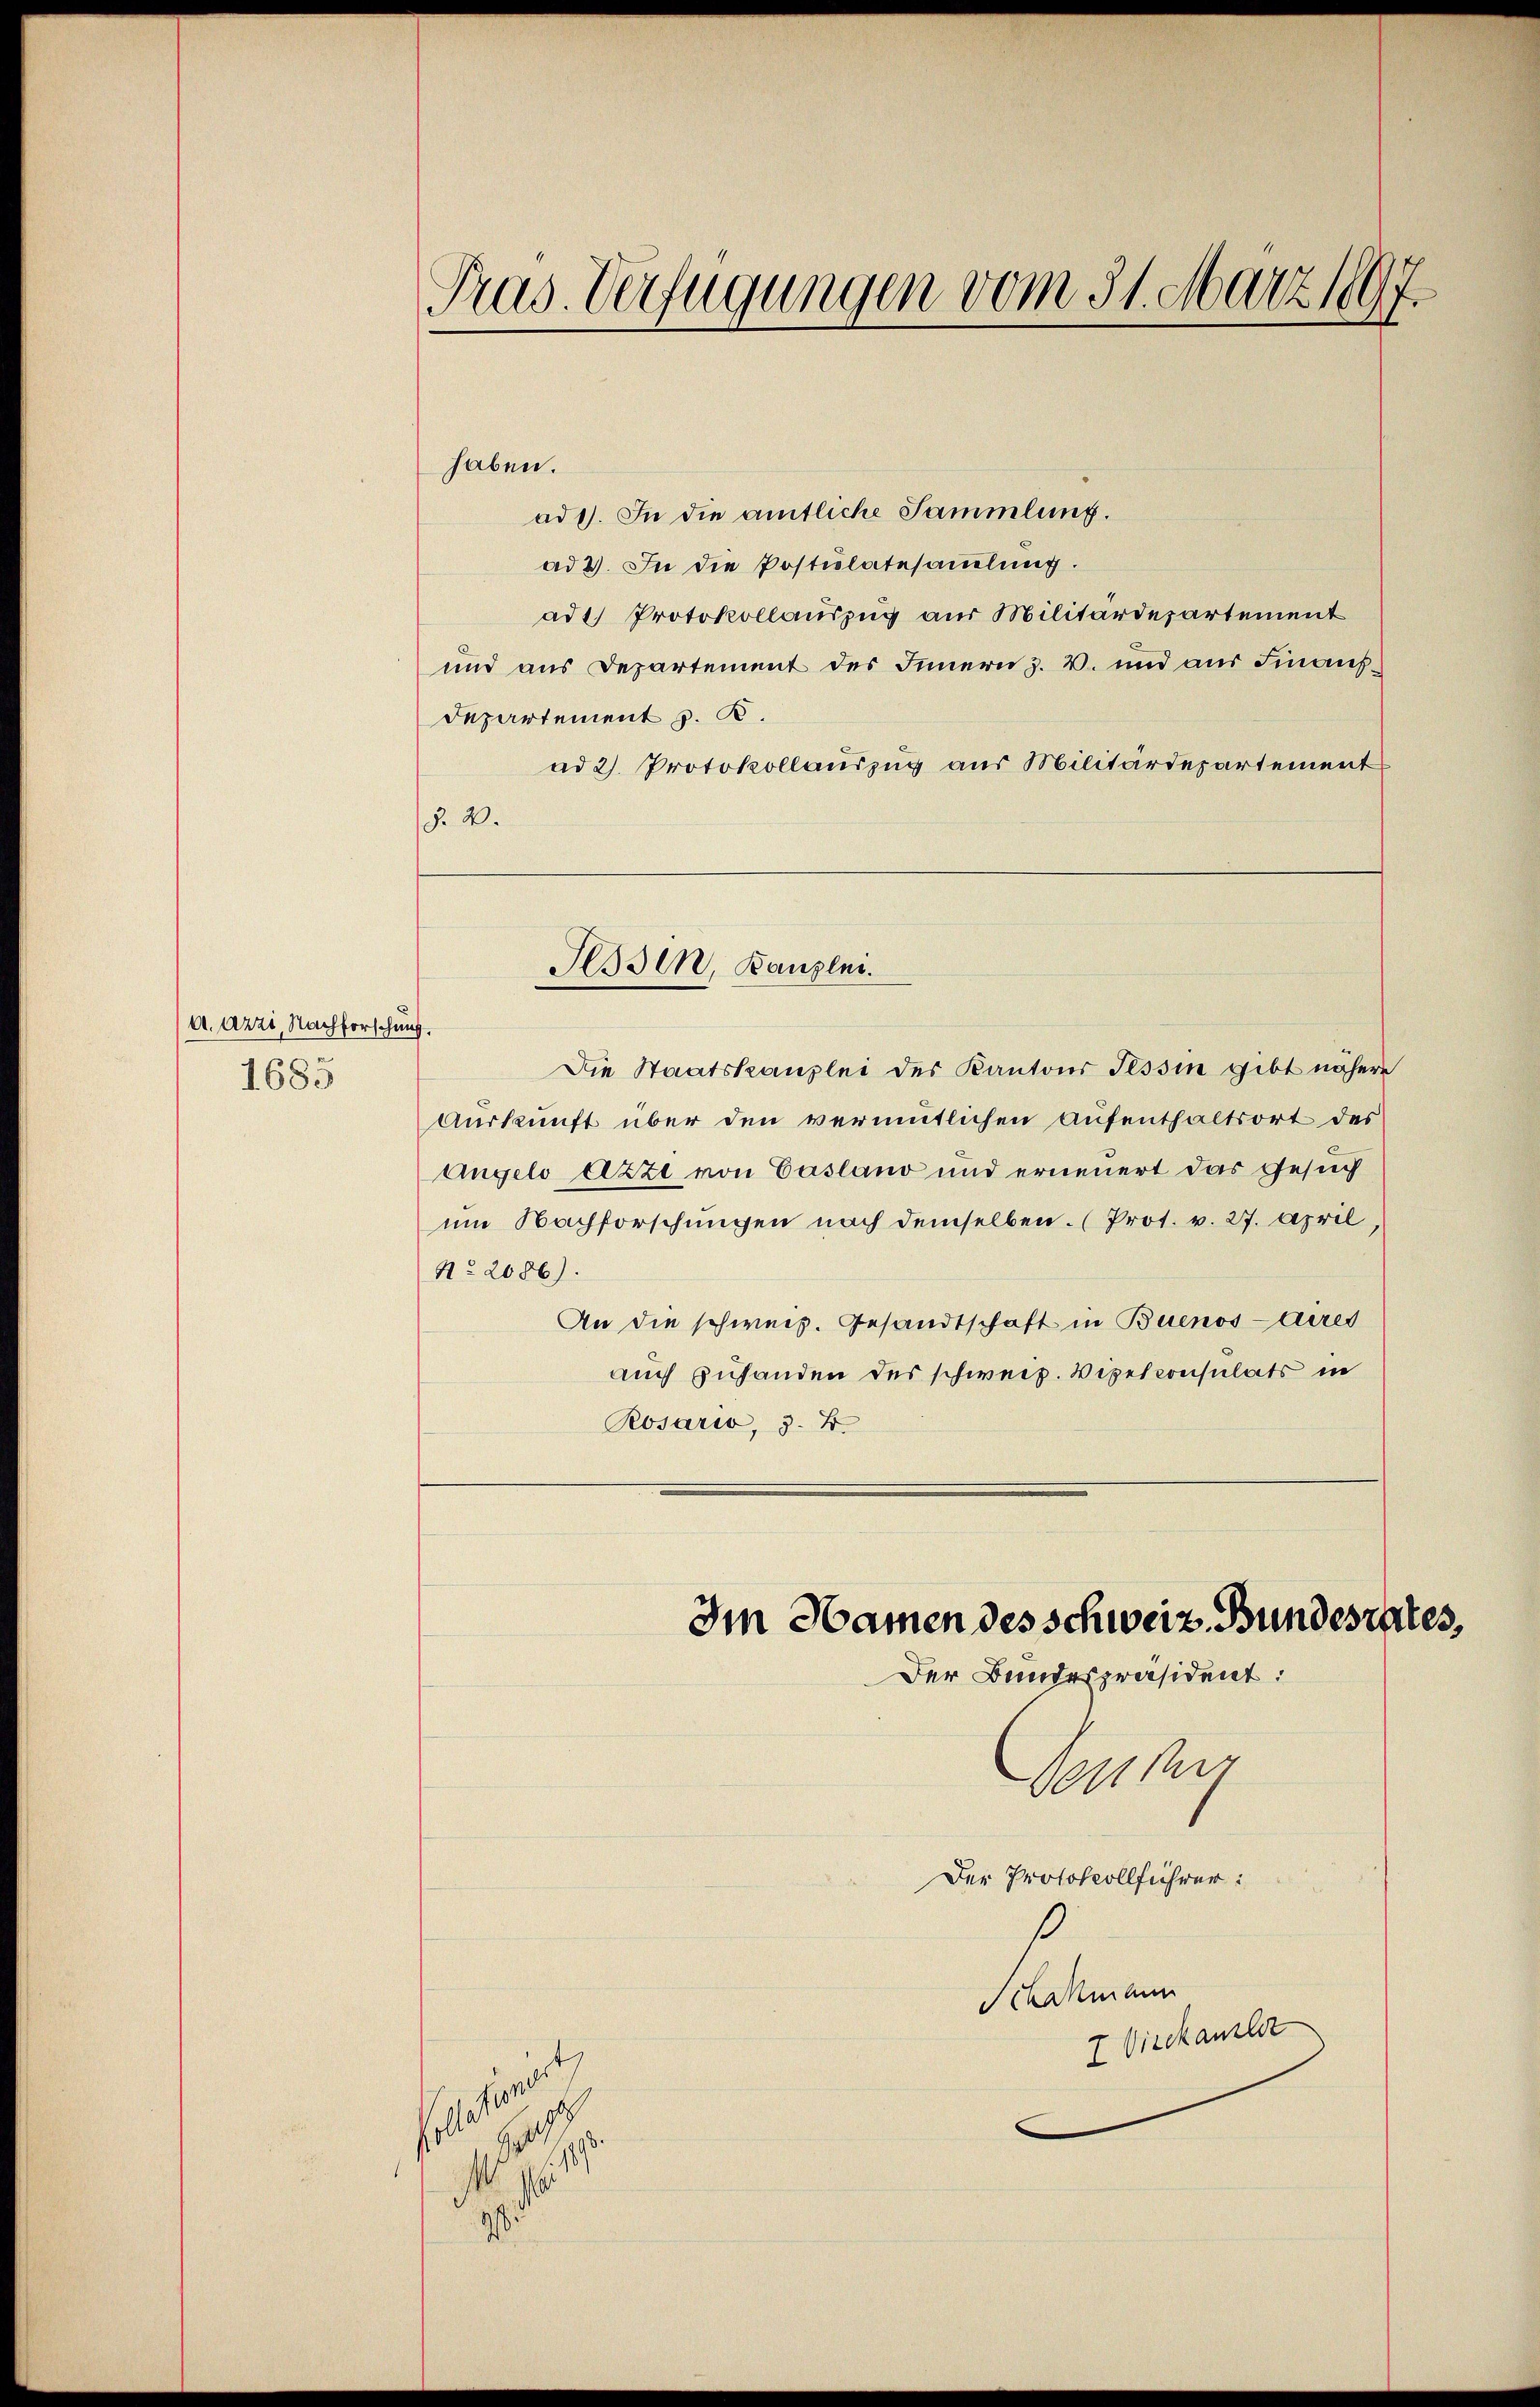
a. Azzi, Nachforschung.
1685

Pras. Verfügungen vom 31. März 1897.

haben.

ad 1. In die amtliche Sammlung.
ad 2. In die Postulatesamlung.
ad1. Protokollauszug aus Militärdepartement
und aus Departement des Innern z. B. und aus Finanz¬
Departement p. K.
ad 2. Protokollauszug aus Militärdepartement
§. 4.
Die Staatskanzlei des Kantons Tessin gibt nähere
Auskunft über den vermutlichen Aufenthaltsort des
Angelo Azze von Casland und erneuert das Gesuch
um Nachforschungen nach demselben. (Prot. v. 27. April
No. 2086).
An die schweiz. Gesandtschaft in Buenos-Aires
auch zuhanden des schweiz. Vipelconsulats in
Rosario, 3. B.

a
1
¬
9

Fessen, Kanzlei.

Desser
Der Protokollführer:

Im Namen des Schweiz. Bundesrates,
Der Bundespräsident:

Schokmann
z. Vieckanalst